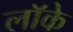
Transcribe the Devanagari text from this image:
लाॅके